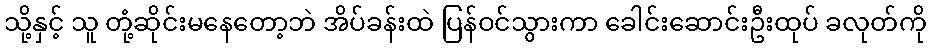
သို့နှင့် သူ တုံ့ဆိုင်းမနေတော့ဘဲ အိပ်ခန်းထဲ ပြန်ဝင်သွားကာ ခေါင်းဆောင်းဦးထုပ် ခလုတ်ကို